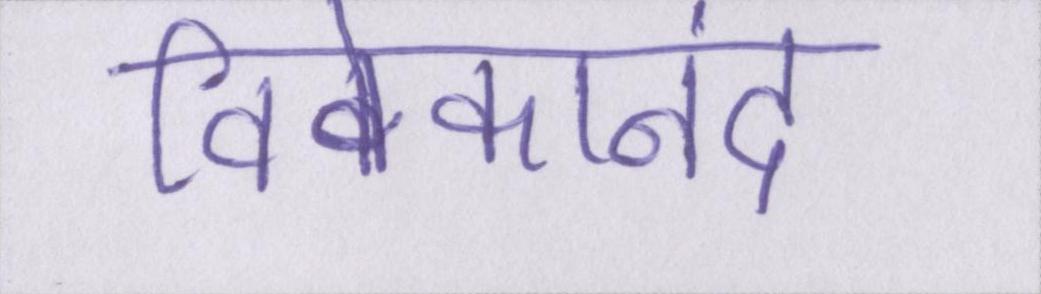
विवेकानंद